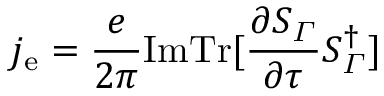
j _ { \mathrm { e } } = \frac { e } { 2 \pi } \mathrm { I m T r } [ \frac { \partial S _ { \varGamma } } { \partial \tau } S _ { \varGamma } ^ { \dagger } ]